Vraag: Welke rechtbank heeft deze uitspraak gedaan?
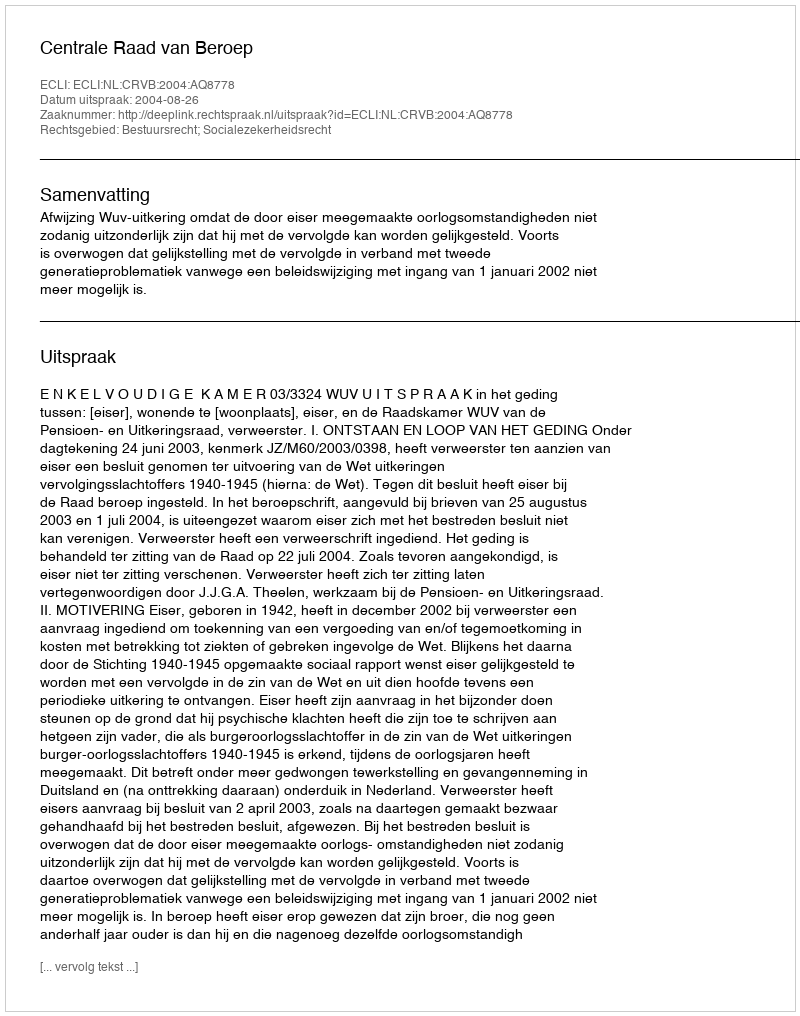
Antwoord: Centrale Raad van Beroep